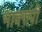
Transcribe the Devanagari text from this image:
भावरुपी